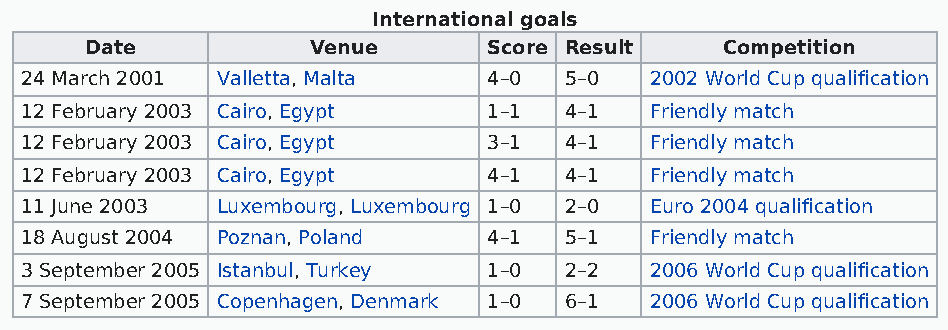
International goals
 Date          Venue       Score Result    Competition
 24 March 2001 Valletta, Malta  4–0  5–0   2002 World Cup qualification
 12 February 2003 Cairo, Egypt  1–1  4–1   Friendly match
 12 February 2003 Cairo, Egypt  3–1  4–1   Friendly match
 12 February 2003 Cairo, Egypt  4–1  4–1   Friendly match
 11 June 2003 Luxembourg, Luxembourg 1–0 2–0 Euro 2004 qualification
 18 August 2004 Poznan, Poland  4–1  5–1   Friendly match
 3 September 2005 Istanbul, Turkey 1–0 2–2 2006 World Cup qualification
 7 September 2005 Copenhagen, Denmark 1–0 6–1 2006 World Cup qualification